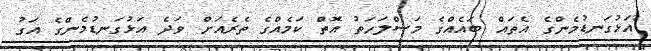
"އަޅުގަނޑުމެންގެ އެތައް ބައެއްގެ މަސްލަހަތު އޮތް ކަމެއްގެ ތެރެއަށް ވަދެ އަޅުގަނޑުމެންގެ އަގު